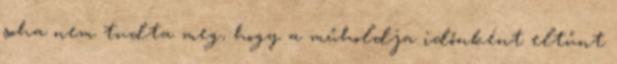
soha nem tudta meg, hogy a műholdja időnként eltűnt